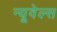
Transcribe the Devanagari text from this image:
न्यूवेल्स